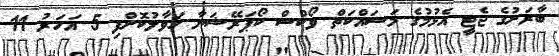
ބާރަށުގެ ޖެޓީ އެޅުމުގެ މަސައްކަތް ވޯކްސް ކޯޕަރޭޝަނާ ހަވާލުކޮށްފި 5 އަހަރު 11